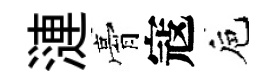
漣膏寇巵